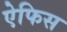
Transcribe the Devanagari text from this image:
ऐफिस